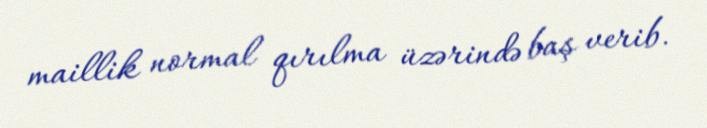
maillik normal qırılma üzərində baş verib.